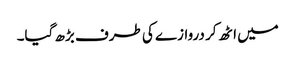
میں اٹھ کر دروازے کی طرف بڑھ گیا۔